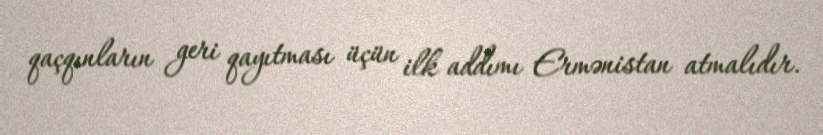
qaçqınların geri qayıtması üçün ilk addımı Ermənistan atmalıdır.